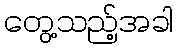
တွေ့သည့်အခါ